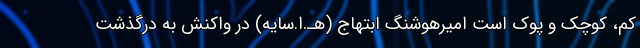
کم، کوچک و پوک است امیرهوشنگ ابتهاج (هـ.ا.سایه) در واکنش به درگذشت